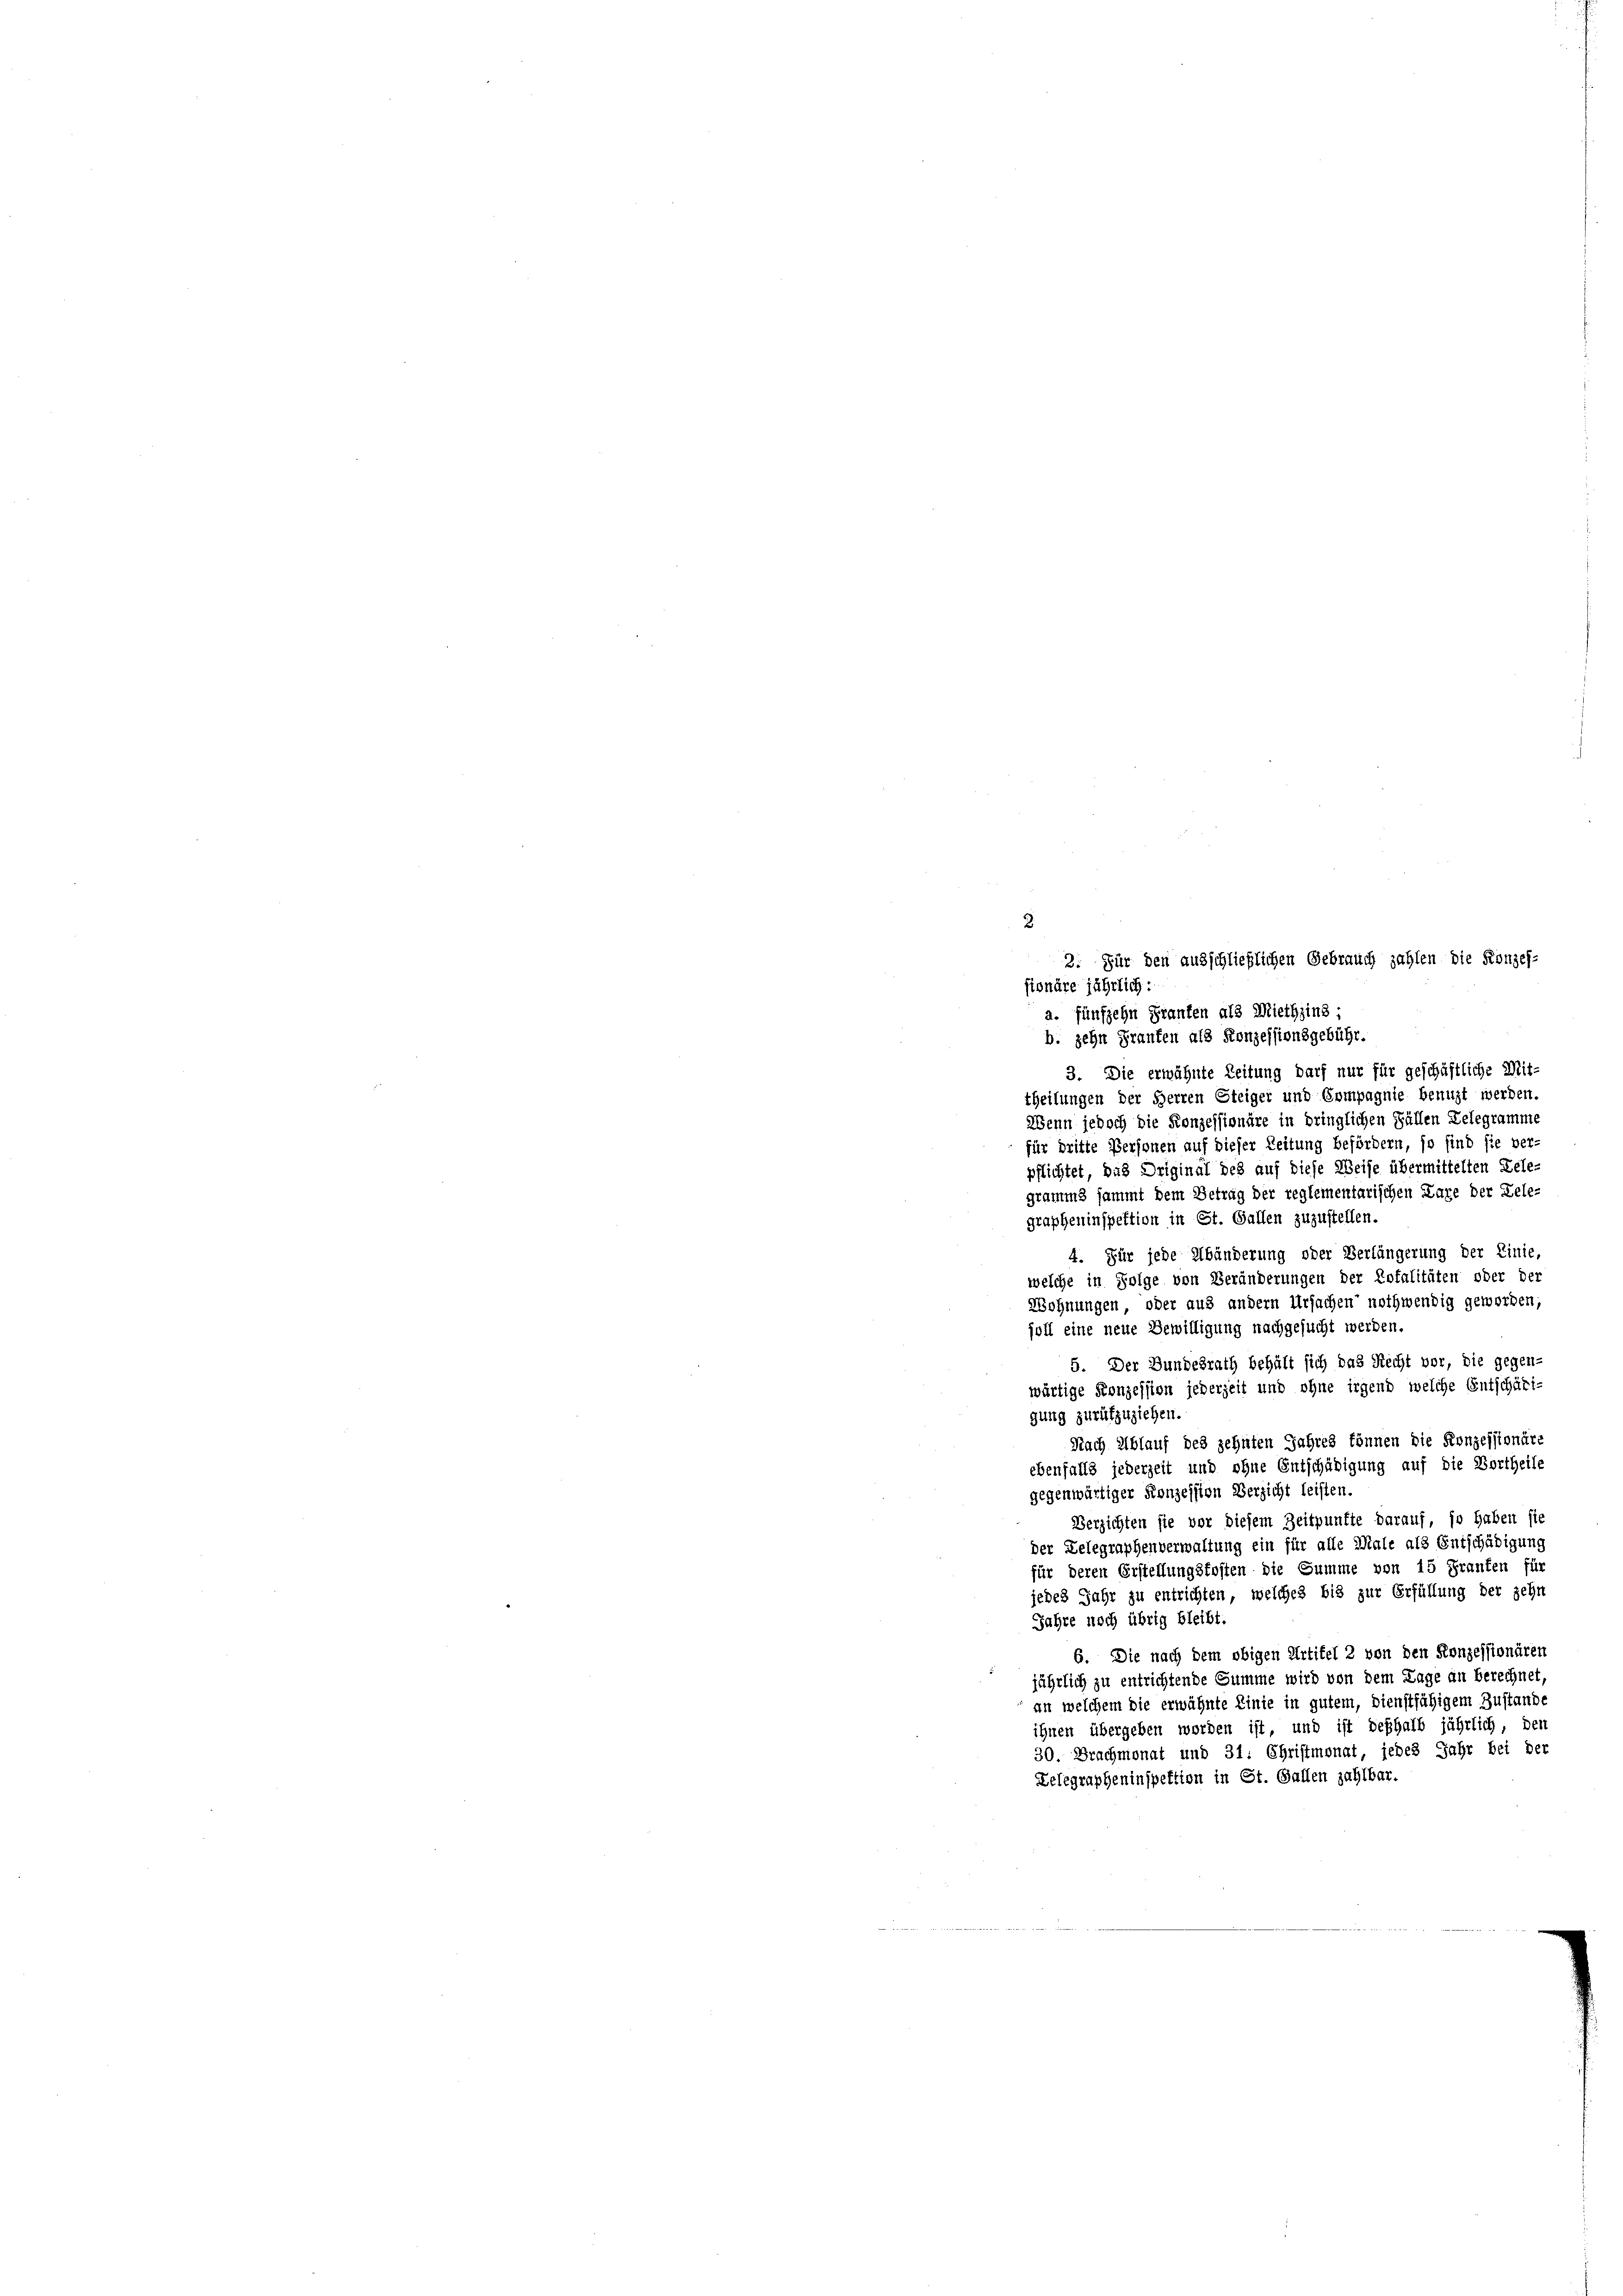
3
2. Für den ausschließlichen Gebrauch zahlen die Konzes-
fionäre jährlich:
a. fünfzehn Franten als Miethzins-
b. zehn Franken als Konzessionsgebühr.
3. Die erwähnte Zeitung darf nur für geschäftliche Mit-
theilungen der Herren Steiger und Compagnie benuzt werden.
Wenn jedoch die Konzessionäre in dringlichen Fällen Gelegramme
für dritte Personen auf dieser Zeitung befördern, so find sie ver
pflichtet, das Original des auf diese Weise übermittelten Lele-
gramms sammt dem Betrag der reglementarischen Lage der Dele-
grapheninspektion in St. Gallen zuzustellen.
4. Für jede Abänderung oder Verlängerung der Linie,
welche in Folge von Veränderungen der Totalitäten oder der
Wohnungen, oder aus andern Ursachen nothwendig geworden;
oll eine neue Bewilligung nachgesucht werden.
5. Der Bundesrath behält sich das Recht vor, die gegen-
wärtige Konzession jederzeit und ohne irgend welche Entschäri-
gung zurükzuziehen.
Nach Ablauf des zehnten Jahres können die Konzessionäre
ebenfalls jederzeit und ohne Entschädigung auf die Vortheile
gegenwärtiger Konzession Verzicht leisten.
Verzichten sie vor diesem Zeitpunkte darauf, so haben sie
der Delegraphenverwaltung ein für alle Male als Entschädigung
für deren Erstellungsfosten die Summe von 15 Franten für
jedes Jahr zu entrichten, welches bis zur Erfüllung der zehn
Jahre noch übrig bleibt.
6. Die nach dem obigen Artikel 2 von den Konzessionären
jährlich zu entrichtende Summe wird von dem Lage an Berechnet,
an welchem die erwähnte Linie in gutem, dienstfähigem Zustand
ihnen übergeben worden ist, und ist deshalb jährlich, den
30. Brachmonat und 31. Christmonat, jedes Jahr bei der
Delegrapheninspektion in St. Gallen zahlbar.
a